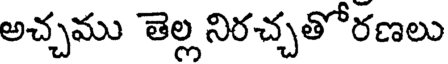
అచ్చము తెల్ల నిరచ్చతోరణలు